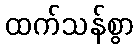
ထက်သန်စွာ